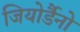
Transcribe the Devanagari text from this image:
जियोर्डैनो